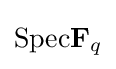
{\text{Spec}}\mathbf {F} _{q}